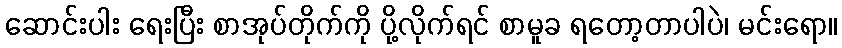
ဆောင်းပါး ရေးပြီး စာအုပ်တိုက်ကို ပို့လိုက်ရင် စာမူခ ရတော့တာပါပဲ၊ မင်းရော။